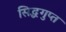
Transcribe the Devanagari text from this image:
सिद्धगुप्त